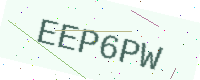
Text: EEP6PW